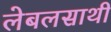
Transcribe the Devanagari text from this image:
लेबलसाथी